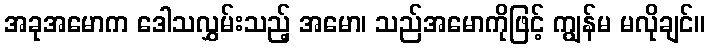
အခုအမောက ဒေါသလွှမ်းသည့် အမော၊ သည်အမောကိုဖြင့် ကျွန်မ မလိုချင်။